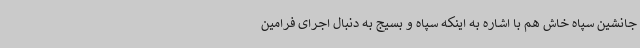
جانشین سپاه خاش هم با اشاره به اینکه سپاه و بسیج به دنبال اجرای فرامین